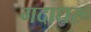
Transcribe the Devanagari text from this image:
गदाधरू